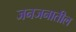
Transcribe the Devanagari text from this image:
जनजनातील